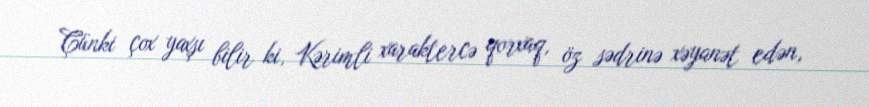
Çünki çox yaxşı bilir ki, Kərimli xaraktercə qorxaq, öz sədrinə xəyanət edən,